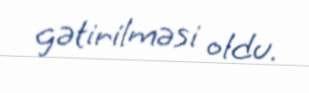
gətirilməsi oldu.